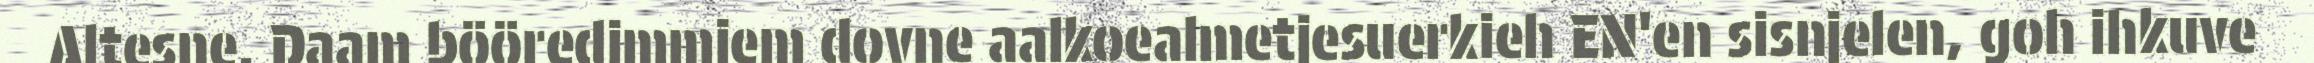
Altesne. Daam bööredimmiem dovne aalkoealmetjesuerkieh EN'en sisnjelen, goh ihkuve